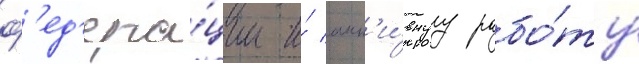
ф'ед'ера́ции и́ акт'и́внуу рабо́ту